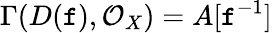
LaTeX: \Gamma(D(\mathtt{f}),{\mathcal{{O}}}_{X})=A[\mathtt{f}^{-1}]